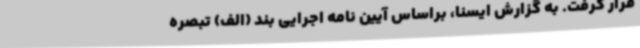
قرار گرفت. به گزارش ایسنا، براساس آیین نامه اجرایی بند (الف) تبصره